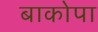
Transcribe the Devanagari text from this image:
बाकोपा